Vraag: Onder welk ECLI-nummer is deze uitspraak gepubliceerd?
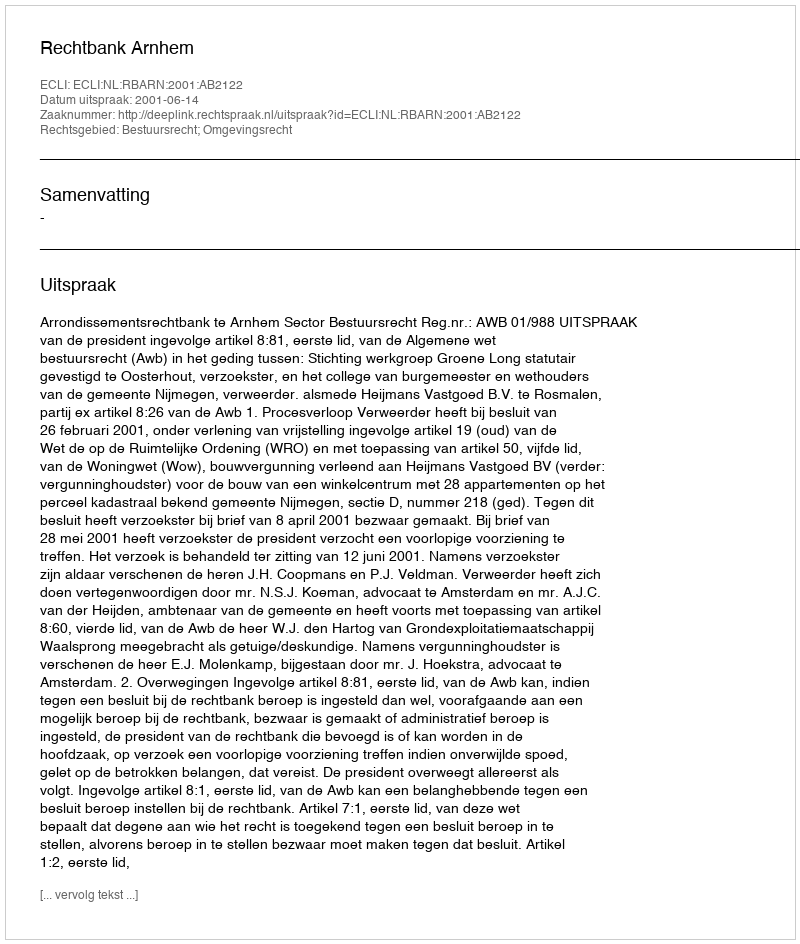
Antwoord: ECLI:NL:RBARN:2001:AB2122